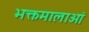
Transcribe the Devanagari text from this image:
भक्तमालाओं